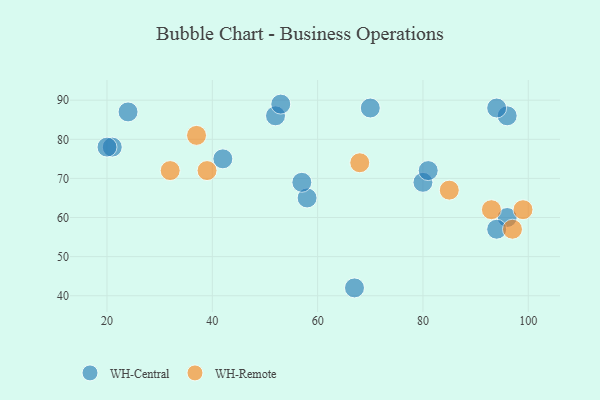
{"axis": {"x": "GDP", "y": "Life Expectancy"}, "legend": ["WH-Central", "WH-Remote"], "data": [{"x": "58", "y": 65, "type": "WH-Central"}, {"x": "96", "y": 60, "type": "WH-Central"}, {"x": "96", "y": 86, "type": "WH-Central"}, {"x": "80", "y": 69, "type": "WH-Central"}, {"x": "67", "y": 42, "type": "WH-Central"}, {"x": "24", "y": 87, "type": "WH-Central"}, {"x": "57", "y": 69, "type": "WH-Central"}, {"x": "21", "y": 78, "type": "WH-Central"}, {"x": "52", "y": 86, "type": "WH-Central"}, {"x": "53", "y": 89, "type": "WH-Central"}, {"x": "94", "y": 88, "type": "WH-Central"}, {"x": "20", "y": 78, "type": "WH-Central"}, {"x": "81", "y": 72, "type": "WH-Central"}, {"x": "42", "y": 75, "type": "WH-Central"}, {"x": "94", "y": 57, "type": "WH-Central"}, {"x": "70", "y": 88, "type": "WH-Central"}, {"x": "93", "y": 62, "type": "WH-Remote"}, {"x": "99", "y": 62, "type": "WH-Remote"}, {"x": "37", "y": 81, "type": "WH-Remote"}, {"x": "39", "y": 72, "type": "WH-Remote"}, {"x": "32", "y": 72, "type": "WH-Remote"}, {"x": "85", "y": 67, "type": "WH-Remote"}, {"x": "68", "y": 74, "type": "WH-Remote"}, {"x": "97", "y": 57, "type": "WH-Remote"}]}